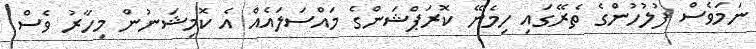
ނަމަވެސް ފުލުހުންގެ ތެރޭގައި ހިމެނޭ ކޮރަޕްޝަންގެ މައްސަލައެއް އެ ކޮމިޝަނުން މިހާރު ވެސް